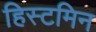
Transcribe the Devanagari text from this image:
हिस्टमिन